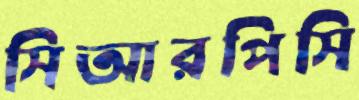
সিআরপিসি